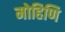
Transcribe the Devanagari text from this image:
मोहिणि